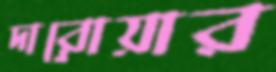
দারোয়ার